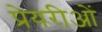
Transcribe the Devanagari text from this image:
प्रेयरीओं